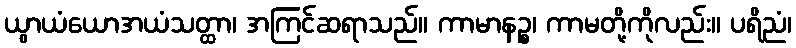
ယွာယံယောအယံသတ္ထာ၊ အကြင်ဆရာသည်။ ကာမာနဉ္စ၊ ကာမတို့ကိုလည်း။ ပရိညံ၊